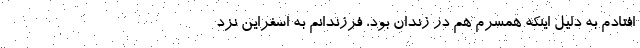
افتادم به دلیل اینکه همسرم هم در زندان بود، فرزندانم به اسفراین نزد